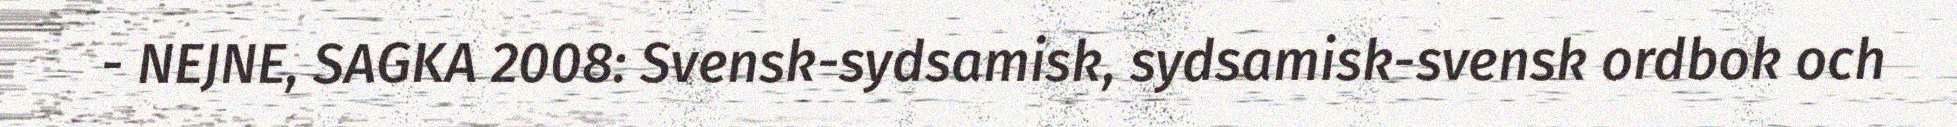
- NEJNE, SAGKA 2008: Svensk-sydsamisk, sydsamisk-svensk ordbok och